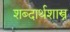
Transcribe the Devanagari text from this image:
शब्दार्थशास्त्र